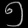
Digit: ၅